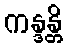
ကန္ဒန္တိ